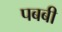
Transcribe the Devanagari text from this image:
पबबी